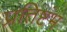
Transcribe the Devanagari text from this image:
प्रतिष्टंभ